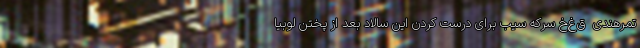
تمرهندی  ق‌غ‌خ سرکه سیب برای درست کردن این سالاد بعد از پختن لوبیا